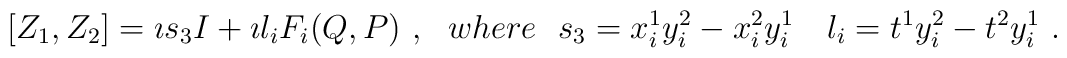
[Z_1,Z_2] = \imath s_3 I + \imath l_i F_i (Q,P) \ , \ \ where \ \ s_3 = x^1_i y^2_i - x^2_i y^1_i  \quad l_i = t^1 y^2_i - t^2 y^1_i \ .